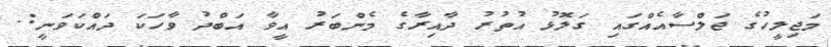
މަޖިލީހުގެ ޖަލްސާއެއްގައި ގަލޮޅު އުތުރު ދާއިރާގެ މެންބަރު އީވާ އަބްދު ވާހަކަ ދައްކަވަނީ:.